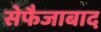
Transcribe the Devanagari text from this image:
सेफैजाबाद